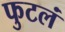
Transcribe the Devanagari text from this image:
फुटलं